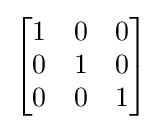
{\begin{bmatrix}1&0&0\\0&1&0\\0&0&1\end{bmatrix}}